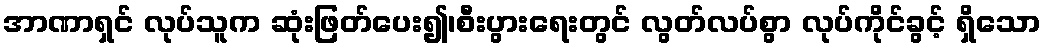
အာဏာရှင် လုပ်သူက ဆုံးဖြတ်ပေး၍၊စီးပွားရေးတွင် လွတ်လပ်စွာ လုပ်ကိုင်ခွင့် ရှိသော